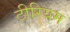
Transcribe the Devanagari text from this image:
टीरियम